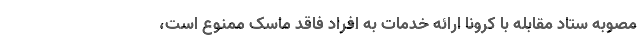
مصوبه ستاد مقابله با کرونا ارائه خدمات به افراد فاقد ماسک ممنوع است،